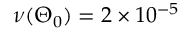
\nu ( \Theta _ { 0 } ) = 2 \times 1 0 ^ { - 5 }